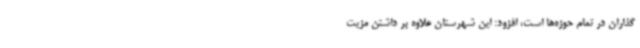
گذاران در تمام حوزه‌ها است، افزود: این شهرستان علاوه بر داشتن مزیت